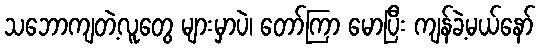
သဘောကျတဲ့လူတွေ များမှာပဲ၊ တော်ကြာ မောပြီး ကျန်ခဲ့မယ်နော်